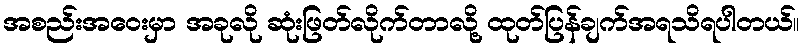
အစည်းအဝေးမှာ အခုလို ဆုံးဖြတ်လိုက်တာလို့ ထုတ်ပြန်ချက်အရသိရပါတယ်။